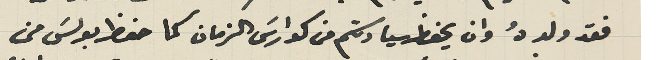
فقد ولدهُ وان يحفظ سيادتكم من كوارسَ الزمان كما حفظ بولسَ من